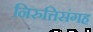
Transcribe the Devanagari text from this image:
निरुत्तिसंगह